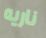
ناريه